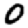
Digit: 0